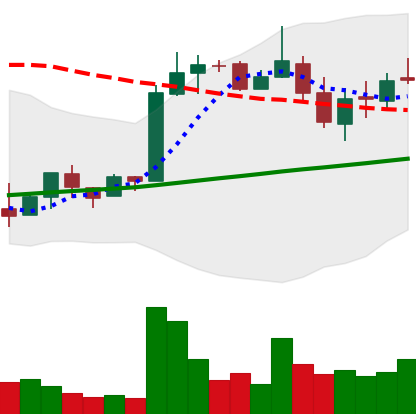
Ticker: LTC-USD
Chart end date: 2018-02-26
Forward return: -4.67%
Label: down_3_5